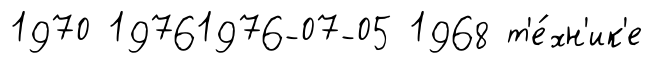
1970 19761976-07-05 1968 т'е́хн'ик'е